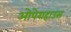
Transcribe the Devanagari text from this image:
ओपेराहाउस